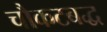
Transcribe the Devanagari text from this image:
चौकटबद्ध